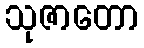
သုဇာတော